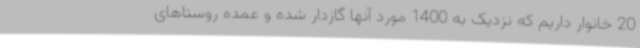
20 خانوار داریم که نزدیک به 1400 مورد آنها گازدار شده و عمده روستاهای